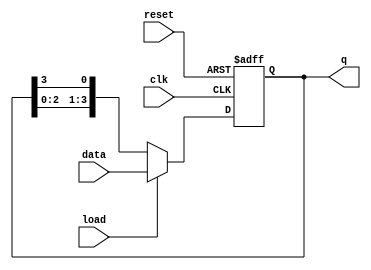
module LoadableRingCounter (
    input wire clk,          // Clock signal
    input wire reset,        // Reset signal
    input wire load,         // Load signal
    input wire [N-1:0] data, // Data input for loading
    output reg [N-1:0] q     // Output of the counter
);
    parameter N = 4; // Number of flip-flops in the ring counter

    always @(posedge clk or posedge reset) begin
        if (reset) begin
            // Reset all flip-flops to 0
            q <= {N{1'b0}};
        end else if (load) begin
            // Load the specified value into the counter
            q <= data;
        end else begin
            // Shift the '1' around the ring
            q <= {q[N-2:0], q[N-1]};
        end
    end
endmodule